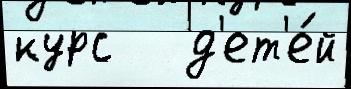
курс   д'ет'е́й